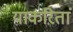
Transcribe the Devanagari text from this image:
याकरितां